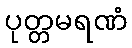
ပုတ္တမရဏံ